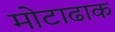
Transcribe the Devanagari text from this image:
मोटाढाक